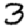
Digit: 3